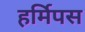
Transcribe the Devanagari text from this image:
हर्मिपस